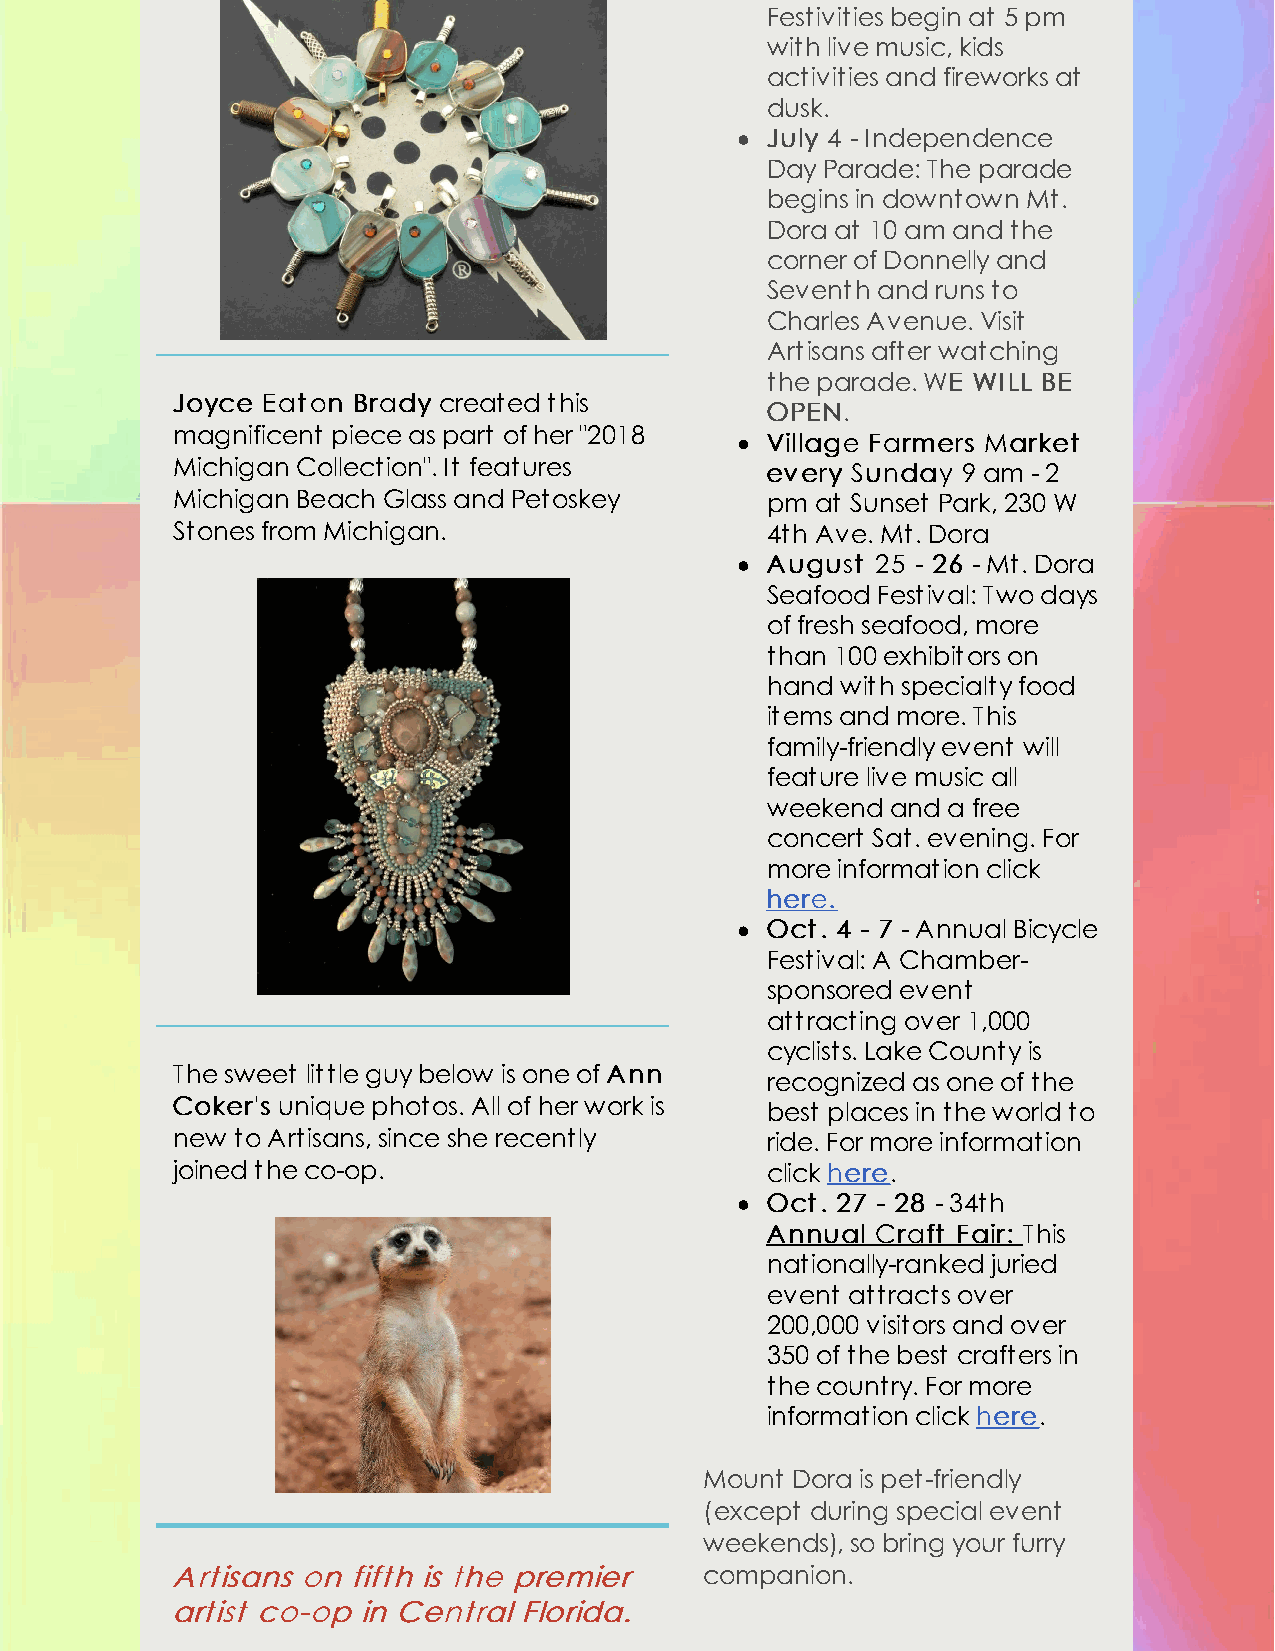
Festivities begin at 5 pm
 with live music, kids
 activities and fireworks at
 dusk.
 JJuullyy 44 - Independence
 Day Parade: The parade
 begins in downtown Mt.
 Dora at 10 am and the
 corner of Donnelly and
 Seventh and runs to
 Charles Avenue. Visit
 Artisans after watching
 the parade. WWEE WWIILLLL BBEE
 JJooyyccee EEaattoonn BBrraaddyy created this
 OOPPEENN..
 magnificent piece as part of her "2018
 VViillllaaggee FFaarrmmeerrss MMaarrkkeett
 Michigan Collection". It features
 eevveerryy SSuunnddaayy 9 am - 2
 Michigan Beach Glass and Petoskey       pm at Sunset Park, 230 W
 Stones from Michigan.                   4th Ave. Mt. Dora
 AAuugguusstt 2255 -- 2266 - Mt. Dora
 Seafood Festival: Two days
 of fresh seafood, more
 than 100 exhibitors on
 hand with specialty food
 items and more. This
 family-friendly event will
 feature live music all
 weekend and a free
 concert Sat. evening. For
 more information click
 hheerree..
 OOcctt.. 44 -- 77 - Annual Bicycle
 Festival: A Chamber-
 sponsored event
 attracting over 1,000
 cyclists. Lake County is
 The sweet little guy below is one of AAnnnn
 recognized as one of the
 CCookkeerr''ss unique photos. All of her work is
 best places in the world to
 new to Artisans, since she recently     ride. For more information
 joined the co-op.                       click hheerree.
 OOcctt.. 2277 -- 2288 - 34th
 AAnnnnuuaall CCrraafftt FFaaiirr:: This
 nationally-ranked juried
 event attracts over
 200,000 visitors and over
 350 of the best crafters in
 the country. For more
 information click hheerree.
 Mount Dora is pet-friendly
 (except during special event
 weekends), so bring your furry
 AArrttiissaannss oonn ffiifftthh iiss tthhee pprreemmiieerr companion.
 aarrttiisstt ccoo--oopp iinn CCeennttrraall FFlloorriiddaa..